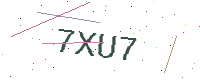
Text: 7XU7